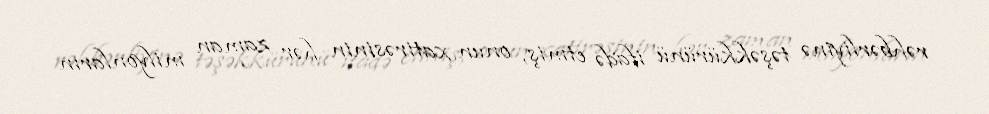
rəhbərliyinə təşəkkürünü ifadə etmiş, onun xatirəsinin hər zaman milyonların